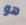
هو